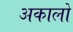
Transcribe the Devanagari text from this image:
अकालो